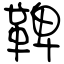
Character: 鞞